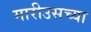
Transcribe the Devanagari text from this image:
मारीउसच्या